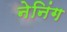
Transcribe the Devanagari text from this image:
नेनिंग